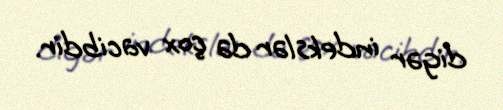
digər indekslər də çox vacibdir.